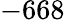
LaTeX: -668